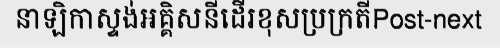
នាឡិកាស្ទង់អគ្គិសនីដើរខុសប្រក្រតីPost-next